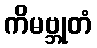
ကိမဗ္ဘုတံ